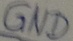
Text: GND